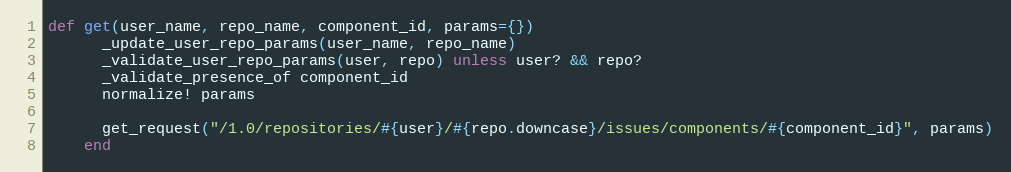
Language: Ruby
def get(user_name, repo_name, component_id, params={})
      _update_user_repo_params(user_name, repo_name)
      _validate_user_repo_params(user, repo) unless user? && repo?
      _validate_presence_of component_id
      normalize! params

      get_request("/1.0/repositories/#{user}/#{repo.downcase}/issues/components/#{component_id}", params)
    end